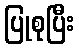
ပြုစုပြီး